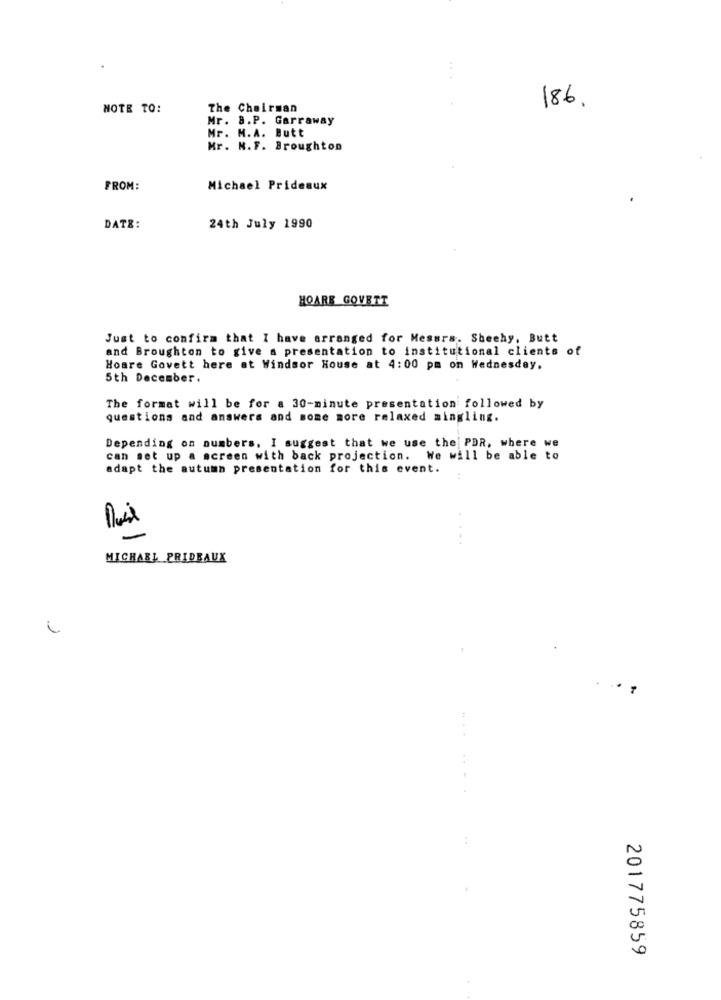
186.
NOTE TO:
The Chairman
Mr. 8.P. Garraway
Mr. M.A. Butt
Mr. N.F. Broughton
FROM:
Michael Prideaux
DATE:
24th July 1990
HOARE GOVETT
Just to confirm that I have arranged for Messrs. Sheehy, Butt
and Broughton to give a presentation to institutional clients of
Hoare Govett here at Windsor House at 4:00 pm on Wednesday.
5th December.
The format will be for a 30-minute presentation followed by
questions and answers and some more relaxed mingling.
Depending on numbers, I suggest that we use the PDR, where we
can set up a screen with back projection. We will be able to
adapt the autumn presentation for this event.
-
MICHAEL PRIDEAUX
201775859